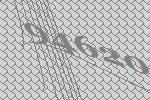
94620